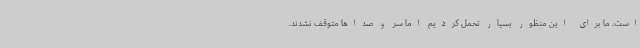
است. ما برای این منظور بسیار تحمل کردیم اما سر و صداها متوقف نشدند.